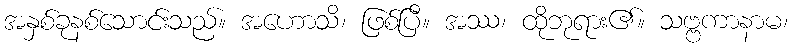
အနှစ်ခုနစ်သောင်းသည်။ အဟောသိ၊ ဖြစ်ပြီ။ အဿ၊ ထိုဘုရား၏။ သဗ္ဗကာနာမ၊